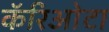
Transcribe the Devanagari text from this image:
कॅरिओटा